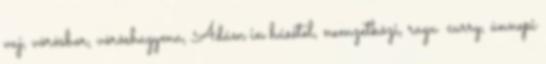
vaj, vörösbor, vöröshagyma, Ádám in húsétel, nemzetközi, ragu curry, ünnepi